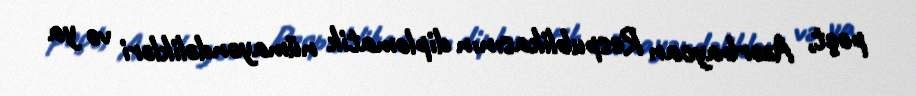
poçt, Azərbaycan Respublikasının diplomatik nümayəndəlikləri və ya